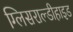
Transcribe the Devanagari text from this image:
ग्लिसराल्डीहाइड